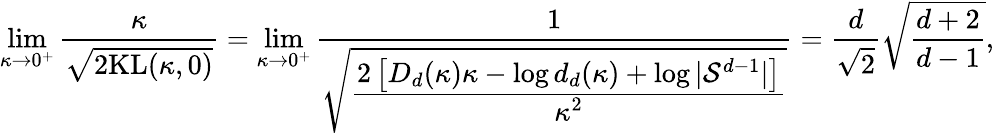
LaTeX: \operatorname*{lim}_{\kappa\rightarrow 0^{+}}\frac{\kappa}{\sqrt{2\mathrm{KL}(\kappa,0)}}=\operatorname*{lim}_{\kappa\rightarrow 0^{+}}\frac{1}{\sqrt{\cfrac{2\left[D_{d}(\kappa)\kappa-\log d_{d}(\kappa)+\log|\mathcal{S}^{d-1}|\right]}{\kappa^{2}}}}=\frac{d}{\sqrt{2}}\sqrt{\frac{d+2}{d-1}},